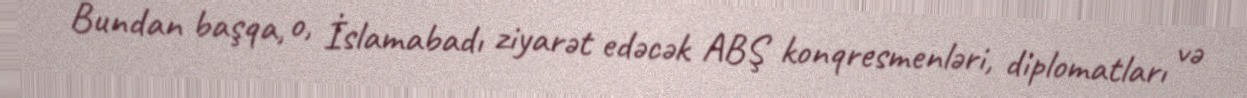
Bundan başqa, o, İslamabadı ziyarət edəcək ABŞ konqresmenləri, diplomatları və